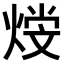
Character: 𤋩